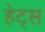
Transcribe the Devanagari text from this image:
हेट्स